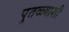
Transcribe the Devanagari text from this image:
पुतळ्याशी